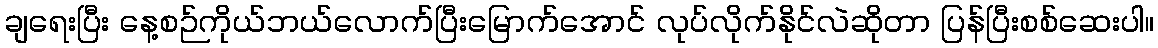
ချရေးပြီး နေ့စဉ်ကိုယ်ဘယ်လောက်ပြီးမြောက်အောင် လုပ်လိုက်နိုင်လဲဆိုတာ ပြန်ပြီးစစ်ဆေးပါ။